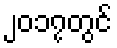
၂၀၁၇တွင်